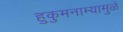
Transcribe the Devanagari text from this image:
हुकुमनाम्यामुळे